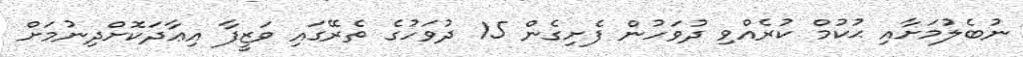
ނުބެލުމަށާއި ޙުކުމް ކުރެއްވި ދުވަހުން ފެށިގެން 15 ދުވަހުގެ ތެރޭގައި ވަޒީފާ އިޢާދަކޮށްދިނުމަށް